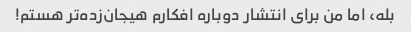
بله، اما من برای انتشار دوباره افکارم هیجان‌زده‌تر هستم!